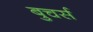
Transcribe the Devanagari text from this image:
बुचर्स